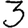
Digit: 3